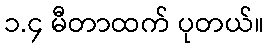
၁.၄ မီတာထက် ပုတယ်။